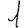
Digit: 1